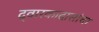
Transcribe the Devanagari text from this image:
द्वारकादासांचा